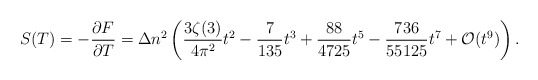
\begin{align*}S(T)=-\frac{\partial F}{\partial T}=\Delta n^2\left (\frac{3\zeta (3)}{4\pi ^2}t^2-\frac{7}{135}t^3+\frac{88}{4725}t^5- \frac{736}{55125}t^7+ {\cal O}(t^9)\right ){.}\end{align*}